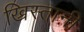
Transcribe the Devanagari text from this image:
ख्रिस्तानी